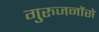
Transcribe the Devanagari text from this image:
गुरुजनोंसे